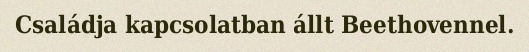
Családja kapcsolatban állt Beethovennel.